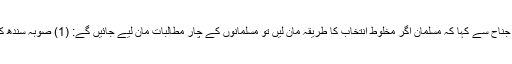
موتی لال نہرو نے محمد علی جناح سے کہا کہ مسلمان اگر مخلوط انتخاب کا طریقہ مان لیں تو مسلمانوں کے چار مطالبات مان لیے جائیں گے: (1) صوبہ سندھ کی احاطہ بمبئی سے علیحدگی۔